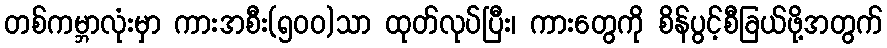
တစ်ကမ္ဘာလုံးမှာ ကားအစီး(၅၀၀)သာ ထုတ်လုပ်ပြီး၊ ကားတွေကို စိန်ပွင့်စီခြယ်ဖို့အတွက်